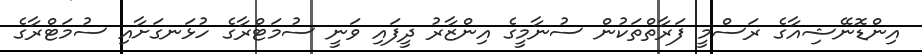
އިންޑޮނޭޝިއާގެ ރަސްމީ ފަރާތްތަކުން ސުނާމީގެ އިންޒާރު ދީފައި ވަނީ ސުމަޓްރާގެ ހުޅަނގަށާއި ސުމަޓްރާގެ